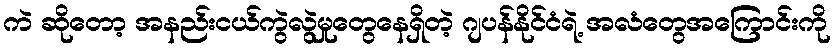
ကဲ ဆိုတော့ အနည်းငယ်ကွဲလွဲမှုတွေနေရှိတဲ့ ဂျပန်နိုင်ငံရဲ့ အလံတွေအကြောင်းကို